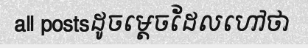
all postsដូចម្តេចដែលហៅថា